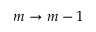
m \rightarrow m - 1